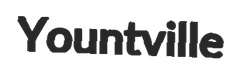
Yountville